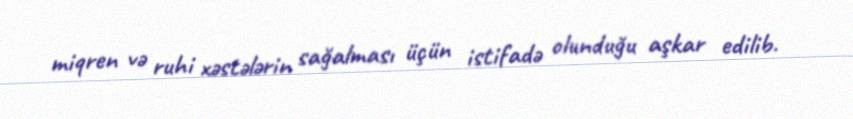
miqren və ruhi xəstələrin sağalması üçün istifadə olunduğu aşkar edilib.